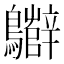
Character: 𪇷